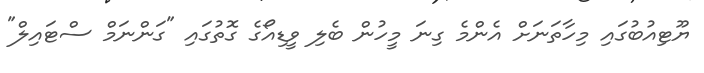
ޔޫޓިއުބުގައި މިހާތަނަށް އެންމެ ގިނަ މީހުން ބެލި ވީޑިއޯގެ ގޮތުގައި "ގަންނަމް ސްޓައިލް"